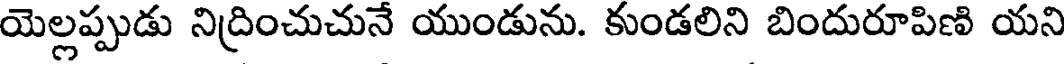
యెల్లప్పుడు నిద్రించుచునే యుండును. కుండలిని బిందురూపిణి యని